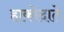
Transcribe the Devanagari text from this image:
हाकोदाते